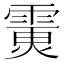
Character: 𩄪